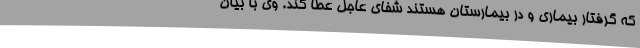
که گرفتار بیماری و در بیمارستان هستند شفای عاجل عطا کند. وی با بیان